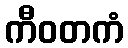
ကီဝတကံ